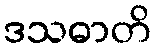
ဒသဓာတိ